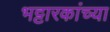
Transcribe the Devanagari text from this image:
भट्टारकांच्या